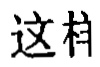
这相